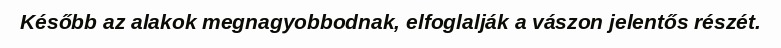
Később az alakok megnagyobbodnak, elfoglalják a vászon jelentős részét.